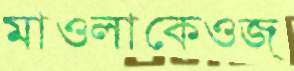
মাওলাকেওজ্